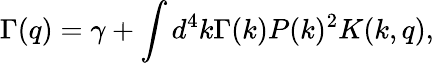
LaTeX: \Gamma(q)=\gamma+\int d^{4}k\Gamma(k)P(k)^{2}K(k,q),